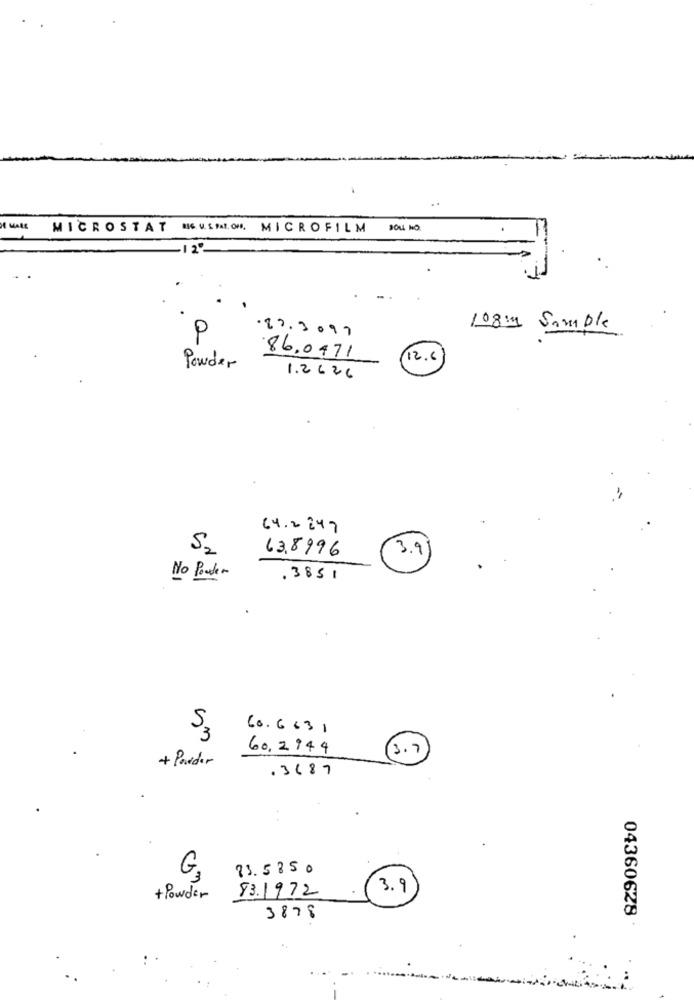
DE MALE
MICROSTAT NEUEMIOM MICROFILM
-125
27.3097
108' Simple
P
86,0471
(12.6
Powder
1.2 626
64.2847
S2
63,8996
No Powder
.3851
5.
60.6631
3
60,2944
3.7
+ Porder
.3687
83.5850
G.
83.1972
3.9
+Powder
04360628
3878